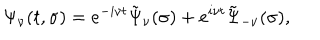
\Psi _ { \nu } ( t , \sigma ) = e ^ { - i \nu t } \tilde { \Psi } _ { \nu } ( \sigma ) + e ^ { i \nu t } \tilde { \Psi } _ { - \nu } ( \sigma ) ,